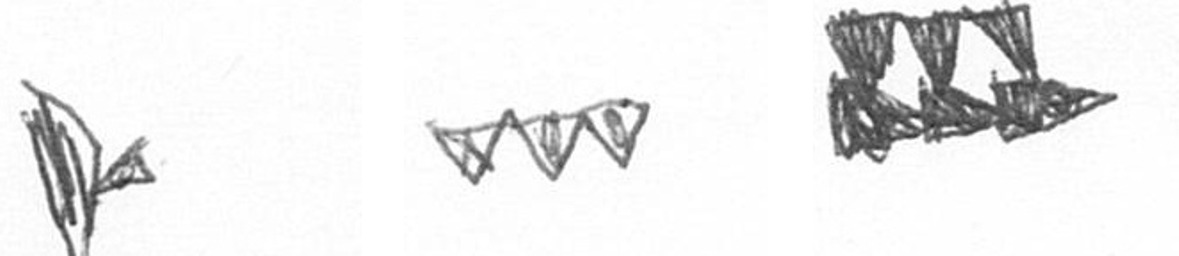
F L D